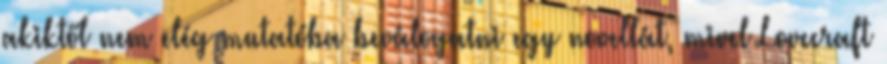
akiktől nem elég mutatóba beválogatni egy novellát, mivel Lovecraft